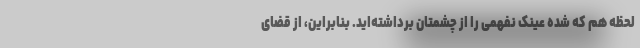
لحظه هم که شده عینک نفهمی را از چشمتان برداشته‌اید. بنابراین، از قضای